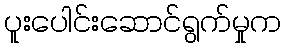
ပူးပေါင်းဆောင်ရွက်မှုက